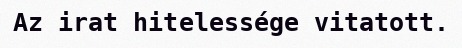
Az irat hitelessége vitatott.